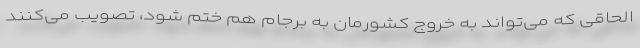
الحاقی که می‌تواند به خروج کشورمان به برجام هم ختم شود، تصویب می‌کنند